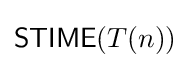
{\mathsf {STIME}}(T(n))